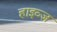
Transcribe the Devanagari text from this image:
हाइव्ज़